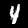
Digit: 4